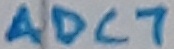
Text: ADC7